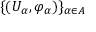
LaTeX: \{ ( U _ { \alpha } , \varphi _ { \alpha } ) \} _ { \alpha \in A }